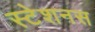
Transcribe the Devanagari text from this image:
स्टेशनस